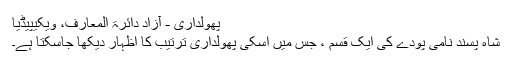
پھولداری - آزاد دائرۃ المعارف، ویکیپیڈیا
شاہ پسند نامی پودے کی ایک قسم ، جس میں اسکی پھولداری ترتیب کا اظہار دیکھا جاسکتا ہے۔